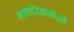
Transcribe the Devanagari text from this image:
नागरिकवीथी